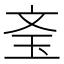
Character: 𰡲